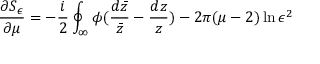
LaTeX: \frac { \partial S _ { \epsilon } } { \partial \mu } = - \frac { i } { 2 } \oint _ { \infty } \phi ( \frac { d \bar { z } } { \bar { z } } - \frac { d z } { z } ) - 2 \pi ( \mu - 2 ) \ln \epsilon ^ { 2 }